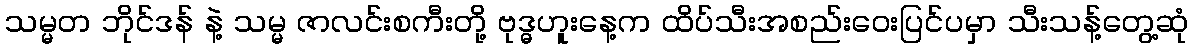
သမ္မတ ဘိုင်ဒန် နဲ့ သမ္မ ဇာလင်းစကီးတို့ ဗုဒ္ဓဟူးနေ့က ထိပ်သီးအစည်းဝေးပြင်ပမှာ သီးသန့်တွေ့ဆုံ